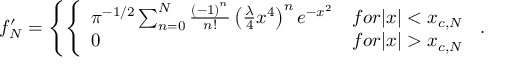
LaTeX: f _ { N } ^ { \prime } = \left\{ \left\{ \begin{array} { l l } { { \pi ^ { - 1 / 2 } \sum _ { n = 0 } ^ { N } { \frac { \left( - 1 \right) ^ { n } } { n ! } } \left( { \frac { \lambda } { 4 } } x ^ { 4 } \right) ^ { n } e ^ { - x ^ { 2 } } } } & { { f o r | x | < x _ { c , N } } } \\ { { 0 } } & { { f o r | x | > x _ { c , N } } } \end{array} \right. \right. .